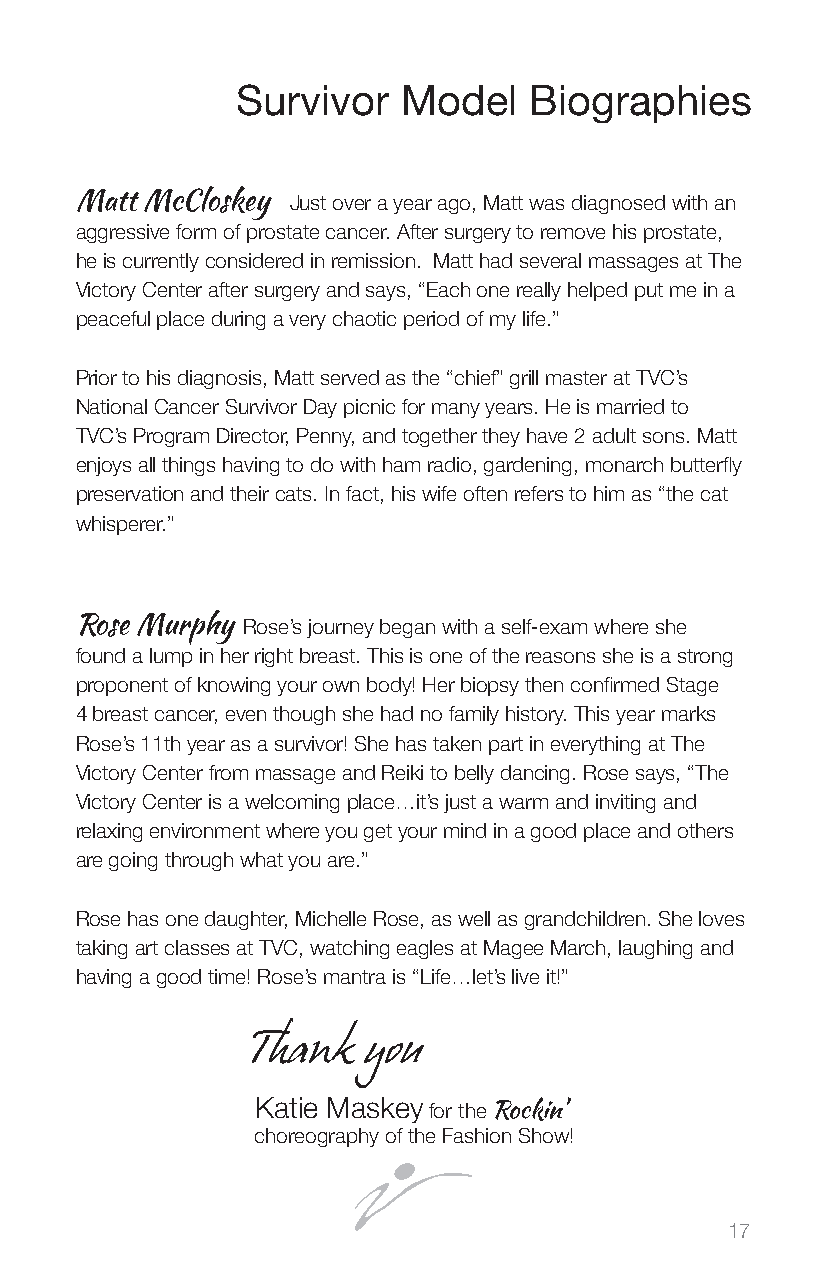
Survivor   Model   Biographies
 Matt McCloskey Just over a year ago, Matt was diagnosed with an
 aggressive form of prostate cancer. After surgery to remove his prostate,
 he is currently considered in remission. Matt had several massages at The
 Victory Center after surgery and says, “Each one really helped put me in a
 peaceful place during a very chaotic period of my life.”
 Prior to his diagnosis, Matt served as the “chief” grill master at TVC’s
 National Cancer Survivor Day picnic for many years. He is married to
 TVC’s Program Director, Penny, and together they have 2 adult sons. Matt
 enjoys all things having to do with ham radio, gardening, monarch butterfly
 preservation and their cats. In fact, his wife often refers to him as “the cat
 whisperer.”
 Rose Murphy Rose’s journey began with a self-exam where she
 found a lump in her right breast. This is one of the reasons she is a strong
 proponent of knowing your own body! Her biopsy then confirmed Stage
 4 breast cancer, even though she had no family history. This year marks
 Rose’s 11th year as a survivor! She has taken part in everything at The
 Victory Center from massage and Reiki to belly dancing. Rose says, “The
 Victory Center is a welcoming place…it’s just a warm and inviting and
 relaxing environment where you get your mind in a good place and others
 are going through what you are.”
 Rose has one daughter, Michelle Rose, as well as grandchildren. She loves
 taking art classes at TVC, watching eagles at Magee March, laughing and
 having a good time! Rose’s mantra is “Life…let’s live it!”
 Thank  you
 Katie Maskey
 for the Rockin’
 choreography of the Fashion Show!
 17